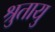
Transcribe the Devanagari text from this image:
श्रुतायु